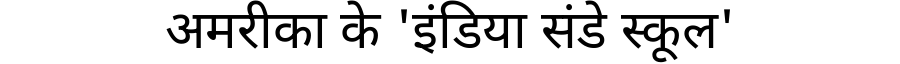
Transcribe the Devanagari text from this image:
अमरीका के 'इंडिया संडे स्कूल'